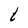
Character: t